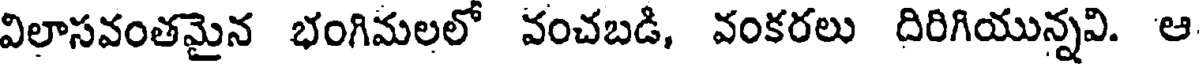
విలాసవంతమైన భంగిమలలో వంచబడి, వంకరలు దిరిగియున్నవి. ఆ